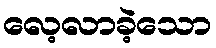
လေ့လာခဲ့သော